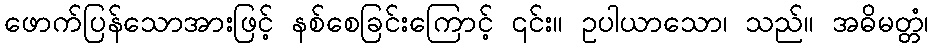
ဖောက်ပြန်သောအားဖြင့် နစ်စေခြင်းကြောင့် ၎င်း။ ဥပါယာသော၊ သည်။ အဓိမတ္တံ၊